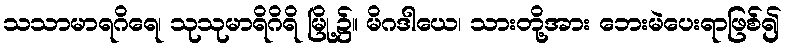
သသာမာရဂိရေ၊ သုသုမာရိဂိရိ မြို့၌။ မိဂဒါယေ၊ သားတို့အား ဘေးမဲပေးရာဖြစ်၍